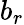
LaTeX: b_{r}